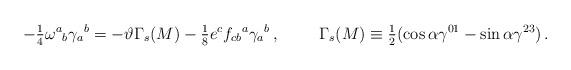
LaTeX: \begin{align*}-{\textstyle\frac{1}{4}}\omega^{a}{}_{b} \gamma_{a}{}^{b}= -\vartheta\Gamma_{s}(M)-{\textstyle\frac{1}{8}} e^{c}f_{cb}{}^{a} \gamma_{a}{}^{b}\, ,\hspace{1cm}\Gamma_{s}(M) \equiv {\textstyle\frac{1}{2}}(\cos{\alpha} \gamma^{01} -\sin{\alpha}\gamma^{23})\, .\end{align*}